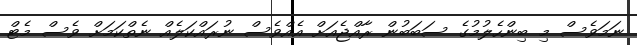
ނަމަވެސް މި ބިންހެލުމުގެ ސަބަބުން ރާއްޖެއަށް އެއްވެސް ނުރައްކަލެއް ނެތްކަމަށް ވެސް މެޓް